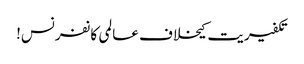
تکفیریت کیخلاف عالمی کانفرنس!